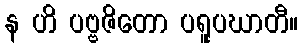
န ဟိ ပဗ္ဗဇိတော ပရူပဃာတီ။